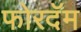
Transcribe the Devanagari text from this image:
फोरदॅम